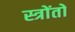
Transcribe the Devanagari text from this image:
स्त्रोंतों